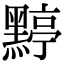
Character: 𪑬